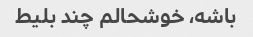
باشه، خوشحالم چند بلیط